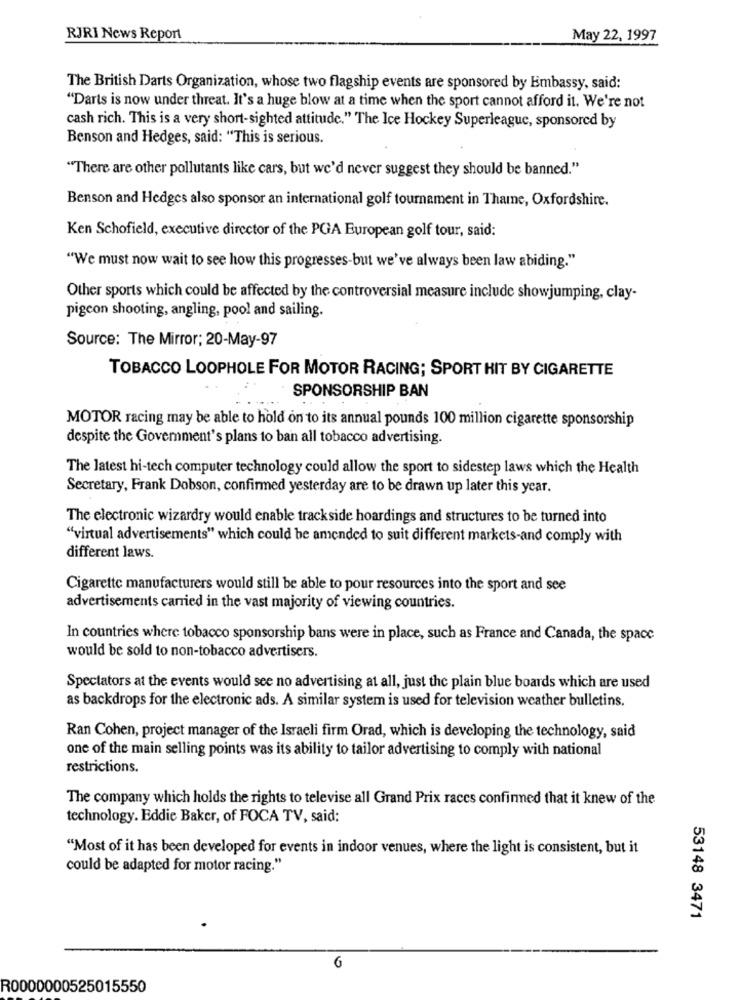
RJRI News Report
May 22, 1997
The British Darts Organization, whose two flagship events are sponsored by Embassy, said:
"Darts is now under threat. It's a huge blow at a time when the sport cannot afford it. We're not
cash rich. This is a very short-sighted attitude." The Ice Hockey Superleague, sponsored by
Benson and Hedges, said: "This is serious.
"There are other pollutants like cars, but we'd never suggest they should be banned."
Benson and Hedges also sponsor an international golf tournament in Thame, Oxfordshire.
Ken Schofield, executive director of the PGA European golf tour, said:
"We must now wait to see how this progresses-but we've always been law abiding."
Other sports which could be affected by the controversial measure include showjumping, clay-
pigeon shooting, angling, pool and sailing.
Source: The Mirror; 20-May-97
TOBACCO LOOPHOLE FOR MOTOR RACING; SPORT HIT BY CIGARETTE
SPONSORSHIP BAN
MOTOR racing may be able to hold on to its annual pounds 100 million cigarette sponsorship
despite the Govemment's plans to ban all tobacco advertising.
The latest hi-tech computer technology could allow the sport to sidestep laws which the Health
Secretary, Frank Dobson, confirmed yesterday are to be drawn up later this year.
The electronic wizardry would enable trackside hoardings and structures to be turned into
"virtual advertisements" which could be amended to suit different markets-and comply with
different laws.
Cigarette manufacturers would still be able to pour resources into the sport and see
advertisements carried in the vast majority of viewing countries.
In countries where tobacco sponsorship bans were in place, such as France and Canada, the space
would be sold to non-tobacco advertisers.
Spectators at the events would see no advertising at all, just the plain blue boards which are used
as backdrops for the electronic ads. A similar system is used for television weather bulletins.
Ran Cohen, project manager of the Israeli firm Orad, which is developing the technology, said
one of the main selling points was its ability to tailor advertising to comply with national
restrictions.
The company which holds the rights to televise all Grand Prix races confirmed that it knew of the
technology. Eddie Baker, of FOCA TV, said:
"Most of it has been developed for events in indoor venues, where the light is consistent, but it
could be adapted for motor racing."
53148 3471
6
R0000000525015550